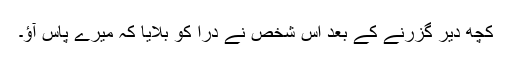
کچھ دیر گزرنے کے بعد اس شخص نے دراؔ کو بلایا کہ میرے پاس آؤ۔